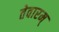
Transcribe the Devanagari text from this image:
तेवारम्‌